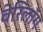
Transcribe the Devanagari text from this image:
वेरिलॉग